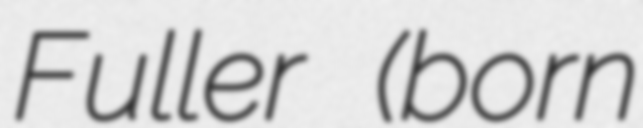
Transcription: Fuller (born